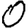
Digit: 0